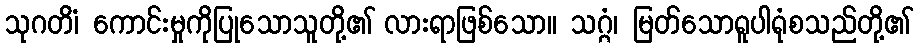
သုဂတိံ၊ ကောင်းမှုကိုပြုသောသူတို့၏ လားရာဖြစ်သော။ သဂ္ဂံ၊ မြတ်သောရူပါရုံစသည်တို့၏